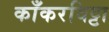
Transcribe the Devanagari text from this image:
काँकरविट्टा